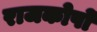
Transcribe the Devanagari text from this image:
राजकोषों